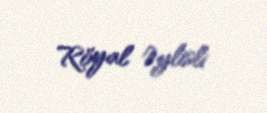
Röyal Əylisli